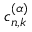
c _ { n , k } ^ { ( \alpha ) }